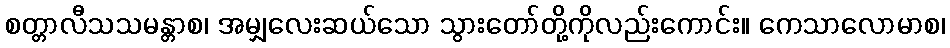
စတ္တာလီသသမန္တာစ၊ အမျှလေးဆယ်သော သွားတော်တို့ကိုလည်းကောင်း။ ကေသာလောမာစ၊